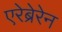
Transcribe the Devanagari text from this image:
एरेब्रेरेन